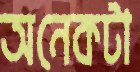
অনেকটা